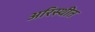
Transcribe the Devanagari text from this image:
अरिस्थीत